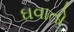
ઘવાતો